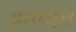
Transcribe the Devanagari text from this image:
आप्पांचे